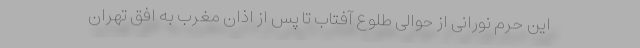
این حرم نورانی از حوالی طلوع آفتاب تا پس از اذان مغرب به افق تهران